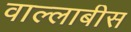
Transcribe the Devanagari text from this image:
वाल्लाबीस